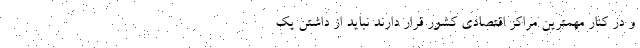
و در کنار مهمترین مراکز اقتصادی کشور قرار دارند نباید از داشتن یک